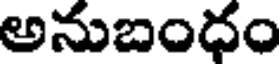
అనుబంధం